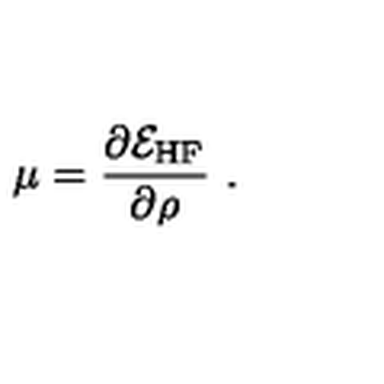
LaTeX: \mu = \frac { \partial { \cal E } _ { \mathrm { H F } } } { \partial \rho } \ .